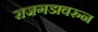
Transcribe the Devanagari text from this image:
राजगडावरुन